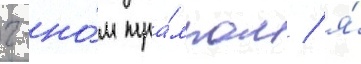
г-но́м тра́мпом / я́